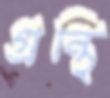
গ্রন্থি